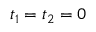
t _ { 1 } = t _ { 2 } = 0